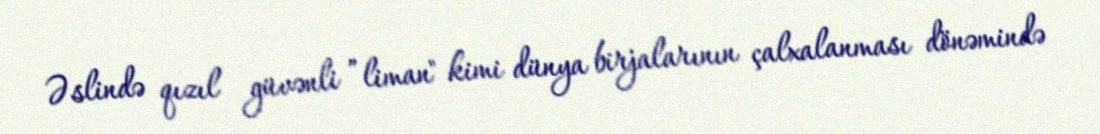
Əslində qızıl güvənli ”liman" kimi dünya birjalarının çalxalanması dönəmində